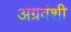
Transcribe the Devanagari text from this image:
अग्रवंशी